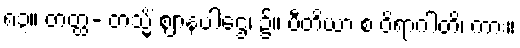
၈၃။ တတ္ထ- တသ္မိံ ဈာနပါဌေ၊ ၌။ ပီတိယာ စ ဝိရာဂါတိ၊ ကား။